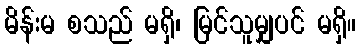
မိန်းမ စသည် မရှိ၊ မြင်သူမျှပင် မရှိ။